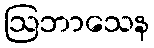
ဩဘာသေန